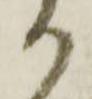
か